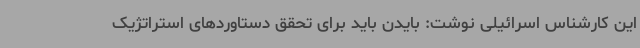
این کارشناس اسرائیلی نوشت: بایدن باید برای تحقق دستاوردهای استراتژیک